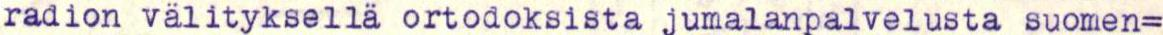
radion välityksellä ortodoksista jumalanpalvelusta suomen=